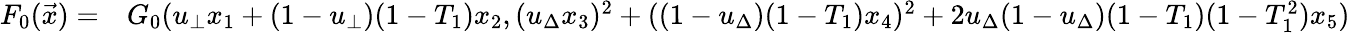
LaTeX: \begin{array}{rl}{F_{0}(\vec{x})=}&{G_{0}(u_{\bot}x_{1}+(1-u_{\bot})(1-T_{1})x_{2},(u_{\Delta}x_{3})^{2}+((1-u_{\Delta})(1-T_{1})x_{4})^{2}+2u_{\Delta}(1-u_{\Delta})(1-T_{1})(1-T_{1}^{2})x_{5})}\end{array}